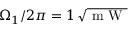
\Omega _ { 1 } / 2 \pi = 1 \, \sqrt { \mathrm { ~ m ~ W ~ } }